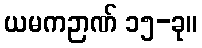
ယမကဉာဏ် ၁၅-ခု။